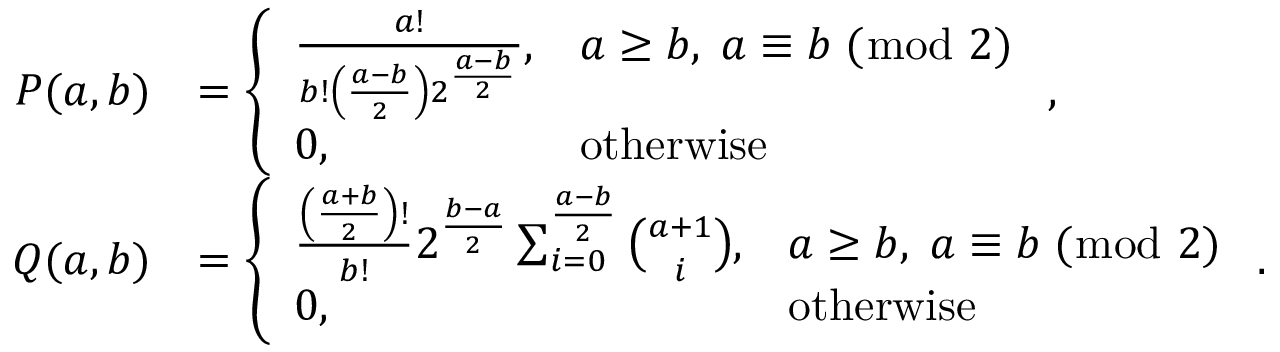
\begin{array} { r l } { P ( a , b ) } & { = \left\{ \begin{array} { l l } { \frac { a ! } { b ! \left( \frac { a - b } { 2 } \right) 2 ^ { \frac { a - b } { 2 } } } , } & { a \geq b , \; a \equiv b \; ( \bmod \; 2 ) } \\ { 0 , } & { \mathrm { o t h e r w i s e } } \end{array} \right. , } \\ { Q ( a , b ) } & { = \left\{ \begin{array} { l l } { \frac { \left( \frac { a + b } { 2 } \right) ! } { b ! } 2 ^ { \frac { b - a } { 2 } } \sum _ { i = 0 } ^ { \frac { a - b } { 2 } } { \binom { a + 1 } { i } } , } & { a \geq b , \; a \equiv b \; ( \bmod \; 2 ) } \\ { 0 , } & { \mathrm { o t h e r w i s e } } \end{array} \right. . } \end{array}